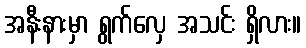
အနီးနားမှာ ရွက်လှေ အသင်း ရှိလား။